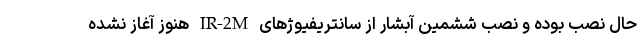
حال نصب بوده و نصب ششمین آبشار از سانتریفیوژهای IR-2M هنوز آغاز نشده